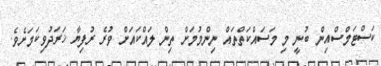
ކަސްޓަމްސްއިން ބުނީ މި މަސައްކަތްތައް ނިންމުމަށް ތިން ލައްކައަށް ވުރެ ރުފިޔާ ޚަރަދުވިކަމަށެވެ.